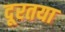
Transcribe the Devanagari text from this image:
दूरतया